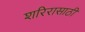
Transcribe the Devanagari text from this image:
शरिरासाठी